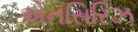
એનસિરિઝ